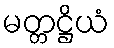
မတ္တဋ္ဌိယံ